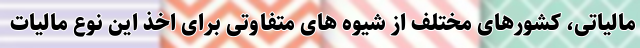
مالیاتی، کشورهای مختلف از شیوه های متفاوتی برای اخذ این نوع مالیات